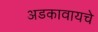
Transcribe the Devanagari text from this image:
अडकावायचे